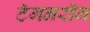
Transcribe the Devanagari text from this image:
टॅगनरॉग